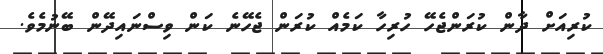
ކުރިއަށް ދާން ކުރަންޖެހޭ ހުރިހާ ކަމެއް ކުރަން ޖެހޭނެ ކަން ވިސްނައިދޭން ބޭނުމެވެ.